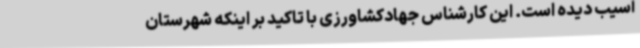
آسیب دیده است. این کارشناس جهادکشاورزی با تاکید بر اینکه شهرستان